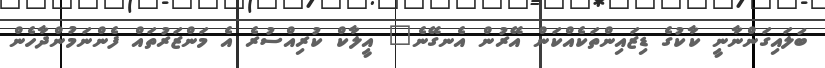
ބަލައިގަންނާނީ ކާކުގެ ޑިޒައިންތަކެއްކަން އޭރުން އެނގޭނެ" އީލާކް ކުރިއްސުރެ އެ މަންޒަރުތައް ފެންނަމުންދާހެން